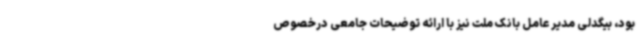
بود، بیگدلی مدیر عامل بانک ملت نیز با ارائه توضیحات جامعی درخصوص